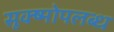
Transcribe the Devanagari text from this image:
सूक्ष्मोपलब्ध